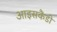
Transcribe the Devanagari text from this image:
आइसकैंडी